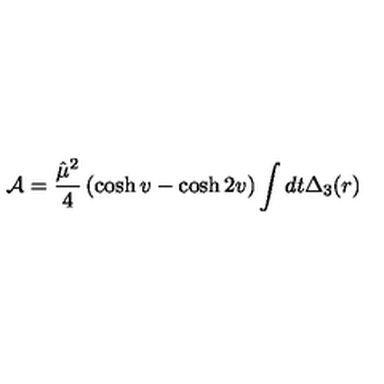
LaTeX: { \cal A } = \frac { \hat { \mu } ^ { 2 } } { 4 } \left( \cosh v - \cosh 2 v \right) \int d t \Delta _ { 3 } ( r )